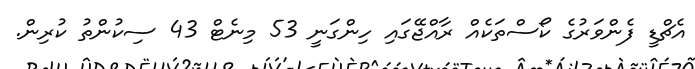
އެޗްޑީ ފެންވަރުގެ ކޯސްތަކެއް ރާއްޖޭގައި ހިންގަނީ 53 މިނެޓް 43 ސިކުންތު ކުރިން.